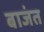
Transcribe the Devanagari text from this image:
बाजंत